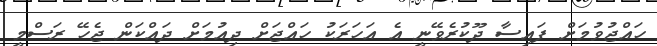
ހައްޖުވުމަށް ފައިސާ ދޫކުރެވޭނީ އެ އަހަރަކު ހައްޖަށް ދިއުމަށް ދައްކަން ޖެހޭ ރަސްމީ